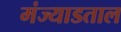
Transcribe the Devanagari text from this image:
मंज्याडताल